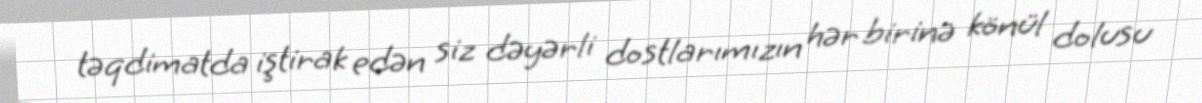
təqdimatda iştirak edən siz dəyərli dostlarımızın hər birinə könül dolusu